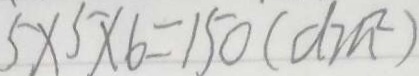
5 \times 5 \times 6 = 1 5 0 ( d m ^ { 2 } )